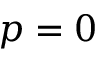
p = 0